[Report on the health of British troops in the Madras command]
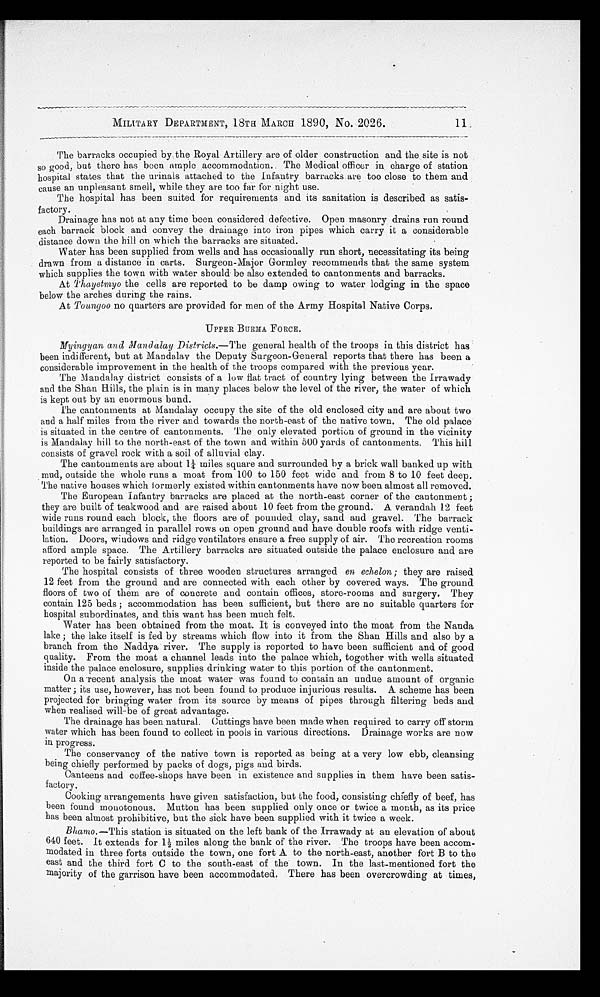
MILITARY DEPARTMENT, 18TH MARCH 1890, No. 2026.
11.
The barracks occupied by the Royal Artillery are of older construction and the site is not
so good, but there has been ample accommodation. The Medical officer in charge of station
hospital states that the urinals attached to the Infantry barracks are too close to them and
cause an unpleasant smell, while they are too far for night use.
The hospital has been suited for requirements and its sanitation is described as satis-
factory.
Drainage has not at any time been considered defective. Open masonry drains run round
each barrack block and convey the drainage into iron pipes which carry it a considerable
distance down the hill on which the barracks are situated.
Water has been supplied from wells and has occasionally run short, necessitating its being
drawn from a distance in carts. Surgeon-Major Gormley recommends that the same system
which supplies the town with water should . be also extended to cantonments and barracks.
At Thayetmyo the cells are reported to be damp owing to water lodging in the space
below the arches during the rains.
At Toungoo no quarters are provided for men of the Army Hospital Native Corps.
UPPER BURMA FORCE.
Myingyan and Mandalay Districts.— The general health of the troops in this district has
been indifferent, but at Mandalay the Deputy Surgeon-General reports that there has been a
considerable improvement in the health of the troops compared with the previous year.
The Mandalay district consists of a low flat tract of country lying between the Irrawady
and the Shan Hills, the plain is in many places below the level of the river, the water of which
is kept out by an enormous bund.
The cantonments at Mandalay occupy the site of the old enclosed city and are about two
and a half miles from the river and towards the north-east of the native town. The old palace
is situated in the centre of cantonments. The only elevated portion of ground in the vicinity
is Mandalay hill to the north-east of the town and within 500 yards of cantonments. This hill
consists of gravel rock with a soil of alluvial clay.
The cantonments are about 1¼ miles square and surrounded by a brick wall banked up with
mud, outside the whole runs a moat from 100 to 150 feet wide and from 8 to 10 feet deep.
The native houses which iormerly existed within cantonments have now been almost all removed.
The European Infantry barracks are placed at the north-east corner of the cantonment ;
they are built of teakwood and are raised about 10 feet from the ground. A verandah 12 feet
wide runs round each block, the floors are of pounded clay, sand and gravel. The barrack
buildings are arranged in parallel rows on open ground and have double roofs with ridge venti
- l a t i o n . D o o r s , w i n d o w s a n d r i d g e v e n t i l a t o r s e n s u r e a f r e e s u p p l y o f a i r . T h e r e c r e a t i o n r o o m s
afford ample space. The Artillery barracks are situated outside the palace enclosure and are
reported to be fairly satisfactory.
The hospital consists of three wooden structures arranged en echelon ; they are raised
12 feet from the ground and are connected with each other by covered ways. The ground
floors of two of them are of concrete and contain offices, store-rooms and surgery. They
contain 125 beds ; accommodation has been sufficient, but there are no suitable quarters for
hospital subordinates, and this want has been much felt.
Water has been obtained from the moat. It is conveyed into the moat from the Nanda
lake ; the lake itself is fed by streams which flow into it from the Shan Hills and also by a
branch from the Naddya river. The supply is reported to have been sufficient and of good
quality. From the moat a channel leads into the palace which, together with wells situated
inside the palace enclosure, supplies drinking water to this portion of the cantonment.
On a recent analysis the moat water was found to contain an undue amount of organic
matter ; its use, however, has not been found to produce injurious results. A scheme has been
projected for bringing water from its source by means of pipes through filtering beds and
when realised will-be of great advantage.
The drainage has been natural. Cuttings have been made when required to carry off storm
water which has been found to collect in pools in various directions. Drainage works are now
in progress.
The conservancy of the native town is reported as being at a very low ebb, cleansing
being chiefly performed by packs of dogs, pigs and birds.
Canteens and coffee-shops have been in existence and supplies in them have been satis
- f a c t o r y .
Cooking arrangements have given satisfaction, but the food, consisting chiefly of beef, has
been found monotonous. Mutton has been supplied only once or twice a month, as its price
has been almost prohibitive, but the sick have been supplied with it twice a week.
Bhamo.— This station is situated on the left bank of the Irrawady at an elevation of about
640 feet. It extends for 1½ miles along the bank of the river. The troops have been accom
- m o d a t e d i n t h r e e f o r t s o u t s i d e t h e t o w n , o n e f o r t A t o t h e n o r t h - e a s t , a n o t h e r f o r t B t o t h e
east and the third fort C to the south-east of the town. In the last-mentioned fort the
majority of the garrison have been accommodated. There has been overcrowding at times,